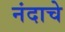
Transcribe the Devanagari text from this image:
नंदाचे